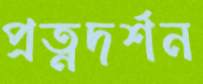
প্রত্নদর্শন